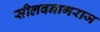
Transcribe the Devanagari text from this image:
सीलवनागराज